Papers set at the Examination for Leaving Certificates, 1890
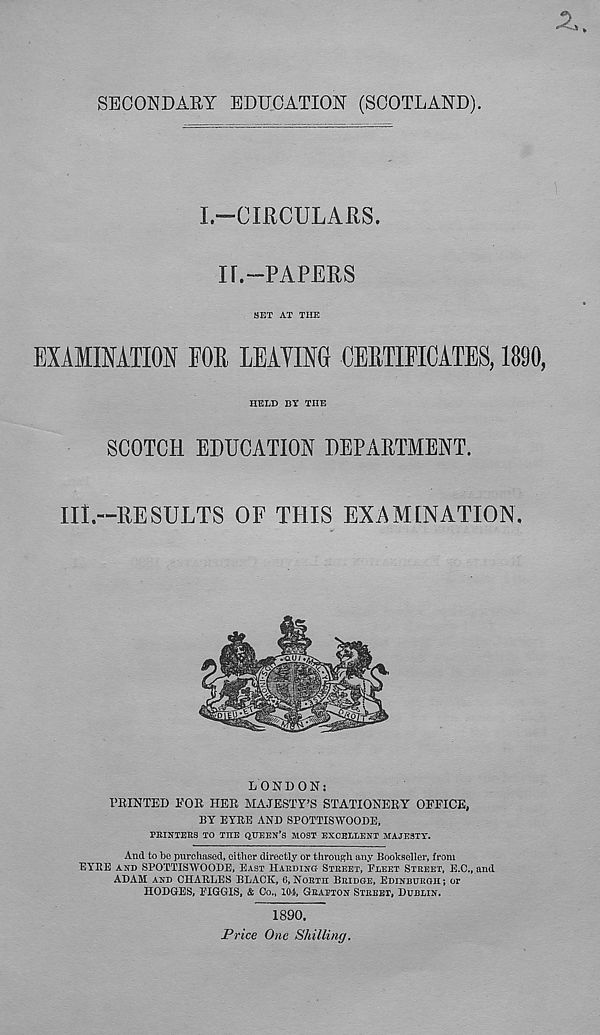
SECONDARY EDUCATION (SCOTLAND).
L—CIRCULARS.
II.“PAPERS
SET AT THE
EXAMINATION FOE LEAYING CERTIFICATES, 1890,
HELD BY THE
SCOTCH EDUCATION DEPARTMENT.
III.—RESULTS OF THIS EXAMINATION.
LONDON:
FEINTED FOR HER MAJESTY’S STATIONERY OFFICE,
BY EYRE AND SPOTTISWOODE,
PRINTERS TO THE QUEEN’S MOST EXCELLENT MAJESTY.
And to be purchased, either directly or through any Bookseller, from
EYRE AND SPOTTISWOODE, EAST HARDING STREET, FLEET STREET, E.C., and
ADAM AND CHARLES BLACK, 6,NORTH BRIDGE, EDINBURGH; or
HODGES, FIGGIS, & Co., 104, GRAFTON STREET, DUBLIN.
1890.
Price One Shilling.